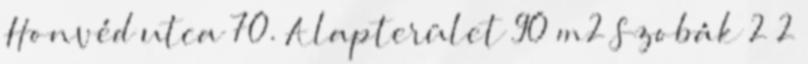
Honvéd utca 70. Alapterület 90 m2 Szobák 2 2